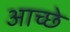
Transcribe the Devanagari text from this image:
आच्छे